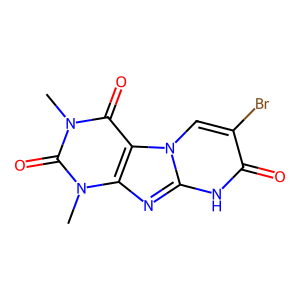
SMILES: Cn1c(=O)c2c(nc3[nH]c(=O)c(Br)cn32)n(C)c1=O
Inhibits HIV replication: No